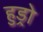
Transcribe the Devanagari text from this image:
हुड्रो